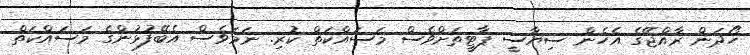
ހޯދަން ރާއްޖޭގެ އެހެން ސިޔާސީ ޕާޓީތަށްވެސް މަސައްކަތް ކުރި. ނަމަވެސް އެބޭފުޅުންގެ މަސައްކަތް